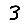
Digit: 3